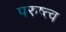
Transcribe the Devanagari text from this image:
परुष्त्व